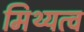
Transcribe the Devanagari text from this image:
मिथ्यत्व